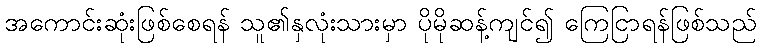
အကောင်းဆုံးဖြစ်စေရန် သူ၏နှလုံးသားမှာ ပိုမိုဆန့်ကျင်၍ ကြေငြာရန်ဖြစ်သည်